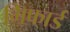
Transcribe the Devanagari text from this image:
गिफार्ड